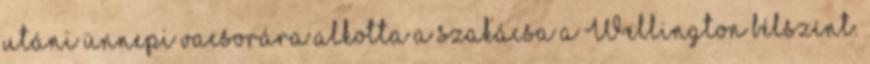
utáni ünnepi vacsorára alkotta a szakácsa a Wellington bélszínt.